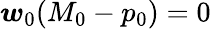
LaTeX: \boldsymbol{w}_{0}(M_{0}-p_{0})=0